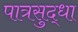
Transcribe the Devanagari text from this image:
पात्रसुद्धा